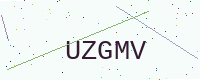
Text: UZGMV